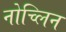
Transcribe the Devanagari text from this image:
नोच्लिन